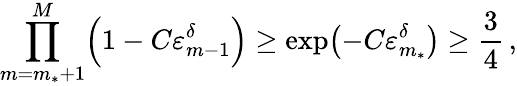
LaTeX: \prod_{m=m_{*}+1}^{M}\Bigl(1-C\varepsilon_{m-1}^{\delta}\Bigr)\geq\exp\bigl(-C\varepsilon_{m_{*}}^{\delta}\bigr)\geq\frac{3}{4}\, ,